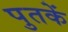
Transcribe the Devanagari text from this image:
पुतकें